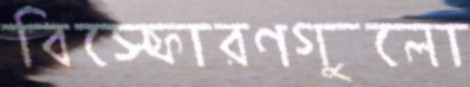
বিস্ফোরণগুলো